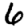
Digit: 6